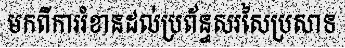
មកពីការរំខានដល់ប្រព័ន្ធសរសៃប្រសាទ